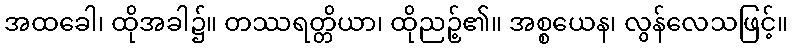
အထခေါ၊ ထိုအခါ၌။ တဿရတ္တိယာ၊ ထိုညဉ့်၏။ အစ္စယေန၊ လွန်လေသဖြင့်။